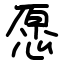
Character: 愿